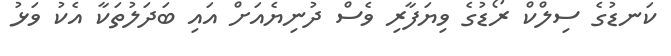
ކަނޑުގެ ސިލްކް ރޯޑުގެ ވިޔަފާރި ވެސް ދުނިޔެއަށް އައި ބަދަލުތަކާ އެކު ވަޅު